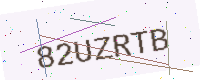
Text: 82UZRTB